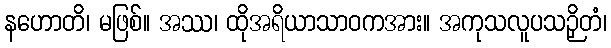
နဟောတိ၊ မဖြစ်။ အဿ၊ ထိုအရိယာသာဝကအား။ အကုသလူပသဉှိတံ၊